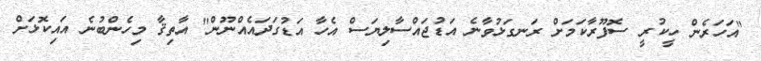
"އަހަރެން ހީކުރީ ސޮފޫރާކަމަށް ރަނގަޅުވާނެ އަޑުޖައްސާލިޔަސް އެހާ އަޑުގަދައެއްނޫން" އާތިޤާ މިހެންބުނެ އައިކޮޅަށް